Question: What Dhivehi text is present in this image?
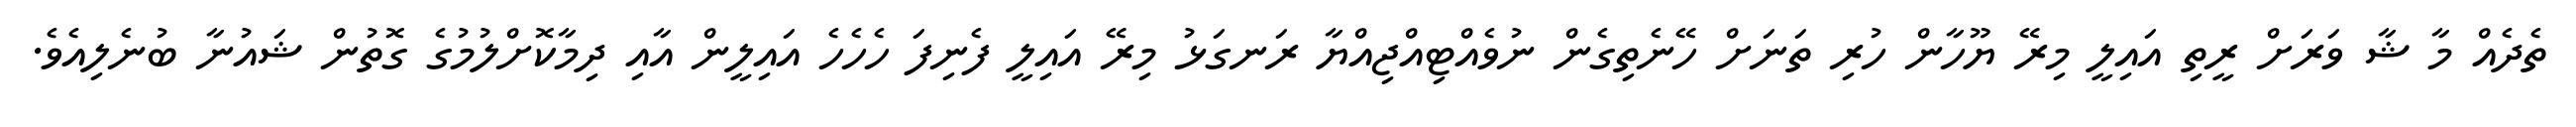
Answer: ތެދެއް މާ ޝާ ވަރަށް ރީތި އައިލީ މިރޭ ޔޫހާން ހުރި ތަނަށް ހޭނެތިގެން ނުވެއްޓިއްޖިއްޔާ ރަނގަޅު މިރޭ އައިލީ ފެނިފަ ހެހެހެ އައިލީން އާއި ދިމާކޮށްލުމުގެ ގޮތުން ޝައުނާ ބުނެލިއެވެ.